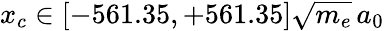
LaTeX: x_{c}\in[-561.35,+561.35]\sqrt{m_{e}}\, a_{0}